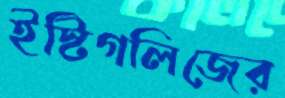
ইস্টিগলিজের